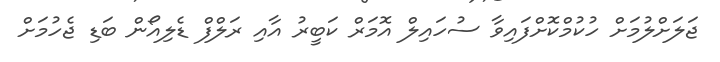
ޖަލަށްލުމަށް ހުކުމްކޮށްފައިވާ ސުހައިލް އޮމަރް ކަބީރު އާއި ރަލްފް ޑެލިއޯން ބަޑި ޖެހުމަށް